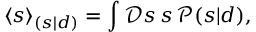
\langle s \rangle _ { ( s | d ) } = \int { \mathcal { D } } s \, s \, { \mathcal { P } } ( s | d ) ,